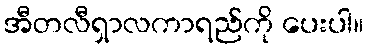
အီတလီရှာလကာရည်ကို ပေးပါ။